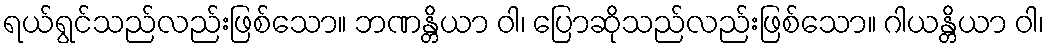
ရယ်ရွင်သည်လည်းဖြစ်သော။ ဘဏန္တိယာ ဝါ၊ ပြောဆိုသည်လည်းဖြစ်သော။ ဂါယန္တိယာ ဝါ၊